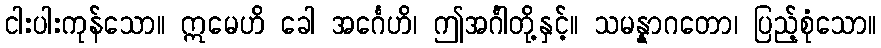
ငါးပါးကုန်သော။ ဣမေဟိ ခေါ အင်္ဂေဟိ၊ ဤအင်္ဂါတို့နှင့်။ သမန္နာဂတော၊ ပြည့်စုံသော။